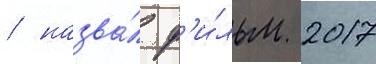
/ назва́л ф'и́льм 2017